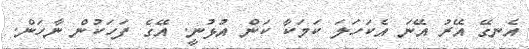
އެނގޭ އޭރު އޭނަ އެކަހަލަ ކަމަކާ ކަން އުޅުނީ. އޭގެ ފަހަކުން ނާހަން.